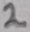
Text: 2